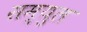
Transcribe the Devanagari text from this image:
सम्युल